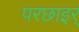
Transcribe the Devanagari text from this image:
परछाइर्ं